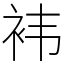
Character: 袆